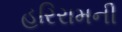
હરિરામની